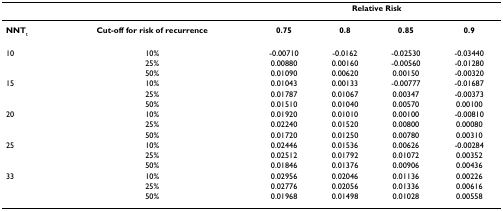
|  |  | <COLSPAN=4> Relative Risk |
 | --- | --- | --- | --- | --- | --- |
 | NNTt | Cut-off for risk of recurrence | 0.75 | 0.8 | 0.85 | 0.9 |
 | 10 | 10% | -0.00710 | -0.0162 | -0.02530 | -0.03440 |
 |  | 25% | 0.00880 | 0.00160 | -0.00560 | -0.01280 |
 |  | 50% | 0.01090 | 0.00620 | 0.00150 | -0.00320 |
 | 15 | 10% | 0.01043 | 0.00133 | -0.00777 | -0.01687 |
 |  | 25% | 0.01787 | 0.01067 | 0.00347 | -0.00373 |
 |  | 50% | 0.01510 | 0.01040 | 0.00570 | 0.00100 |
 | 20 | 10% | 0.01920 | 0.01010 | 0.00100 | -0.00810 |
 |  | 25% | 0.02240 | 0.01520 | 0.00800 | 0.00080 |
 |  | 50% | 0.01720 | 0.01250 | 0.00780 | 0.00310 |
 | 25 | 10% | 0.02446 | 0.01536 | 0.00626 | -0.00284 |
 |  | 25% | 0.02512 | 0.01792 | 0.01072 | 0.00352 |
 |  | 50% | 0.01846 | 0.01376 | 0.00906 | 0.00436 |
 | 33 | 10% | 0.02956 | 0.02046 | 0.01136 | 0.00226 |
 |  | 25% | 0.02776 | 0.02056 | 0.01336 | 0.00616 |
 |  | 50% | 0.01968 | 0.01498 | 0.01028 | 0.00558 |